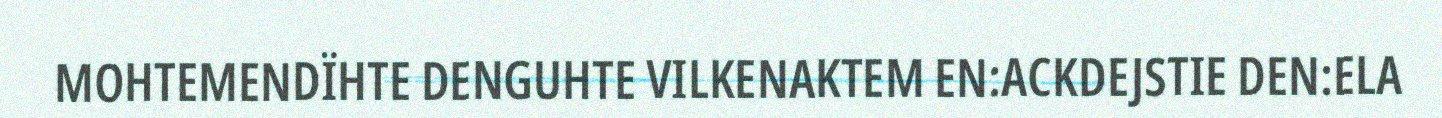
MOHTEMENDÏHTE DENGUHTE VILKENAKTEM EN:ACKDEJSTIE DEN:ELA